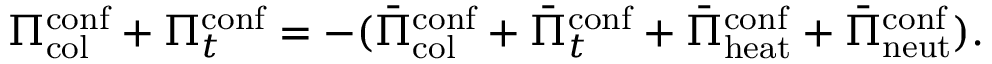
\Pi _ { \mathrm { c o l } } ^ { \mathrm { c o n f } } + \Pi _ { t } ^ { \mathrm { c o n f } } = - ( \bar { \Pi } _ { \mathrm { c o l } } ^ { \mathrm { c o n f } } + \bar { \Pi } _ { t } ^ { \mathrm { c o n f } } + \bar { \Pi } _ { \mathrm { h e a t } } ^ { \mathrm { c o n f } } + \bar { \Pi } _ { \mathrm { n e u t } } ^ { \mathrm { c o n f } } ) .